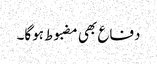
دفاع بھی مضبوط ہوگا۔